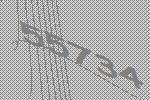
55734